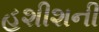
હશીશની